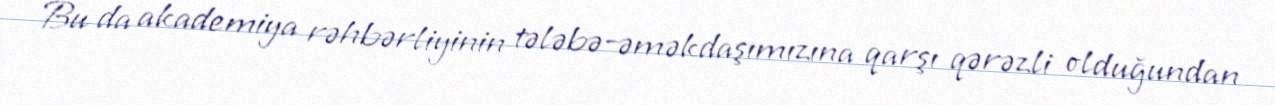
Bu da akademiya rəhbərliyinin tələbə-əməkdaşımızına qarşı qərəzli olduğundan